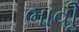
ભાવીૢ